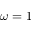
\omega = 1